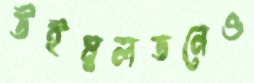
উইম্বলডনেও